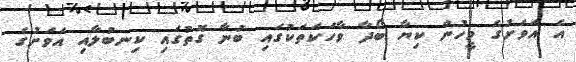
އެ އަވަށުގެ މީހުން ކިޔާ ބޯދާ ވާހަކަތަކުގައި ބުނާ ގޮތުގައި ކިނބުލާއި އަވަށުގެ